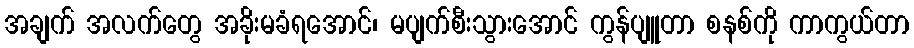
အချက် အလက်တွေ အခိုးမခံရအောင်၊ မပျက်စီးသွားအောင် ကွန်ပျူတာ စနစ်ကို ကာကွယ်တာ